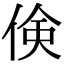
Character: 倹